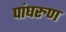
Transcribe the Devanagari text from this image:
पांघरुण